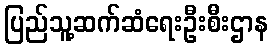
ပြည်သူ့ဆက်ဆံရေးဦးစီးဌာန